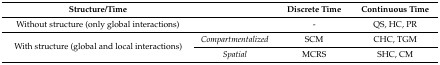
<table><thead><tr><td><b>Structure/Time</b></td><td></td><td><b>Discrete Time</b></td><td><b>Continuous Time</b></td></tr></thead><tbody><tr><td>Without structure (only global interactions)</td><td></td><td>-</td><td>QS, HC, PR</td></tr><tr><td rowspan="2">With structure (global and local interactions)</td><td><i>Compartmentalized</i></td><td>SCM</td><td>CHC, TGM</td></tr><tr><td><i>Spatial</i></td><td>MCRS</td><td>SHC, CM</td></tr></tbody></table>